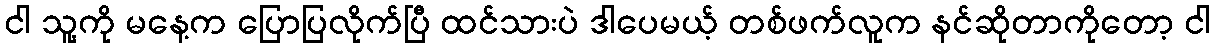
ငါ သူ့ကို မနေ့က ပြောပြလိုက်ပြီ ထင်သားပဲ ဒါပေမယ့် တစ်ဖက်လူက နင်ဆိုတာကိုတော့ ငါ